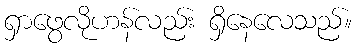
ရှာဖွေလိုဟန်လည်း ရှိနေလေသည်။